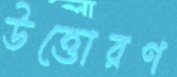
উত্তোরণ